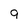
Character: 9